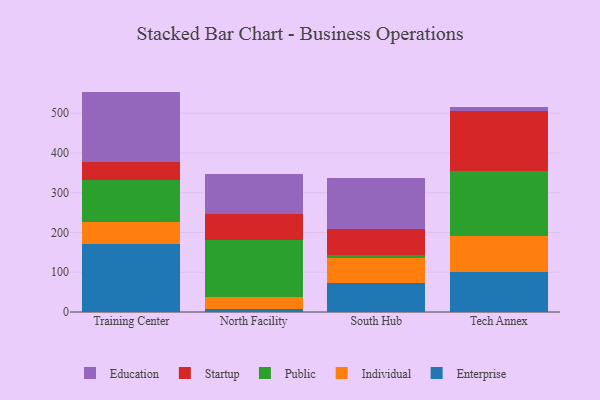
{"axis": {"x": "Campus", "y": "Humidity (%)"}, "legend": ["Education", "Enterprise", "Individual", "Public", "Startup"], "data": [{"x": "Training Center", "y": 171.7, "type": "Enterprise"}, {"x": "Training Center", "y": 54.9, "type": "Individual"}, {"x": "Training Center", "y": 106.5, "type": "Public"}, {"x": "Training Center", "y": 43.3, "type": "Startup"}, {"x": "Training Center", "y": 178.1, "type": "Education"}, {"x": "North Facility", "y": 8.3, "type": "Enterprise"}, {"x": "North Facility", "y": 28.3, "type": "Individual"}, {"x": "North Facility", "y": 143.9, "type": "Public"}, {"x": "North Facility", "y": 66.3, "type": "Startup"}, {"x": "North Facility", "y": 101.0, "type": "Education"}, {"x": "South Hub", "y": 74.2, "type": "Enterprise"}, {"x": "South Hub", "y": 61.9, "type": "Individual"}, {"x": "South Hub", "y": 7.5, "type": "Public"}, {"x": "South Hub", "y": 65.4, "type": "Startup"}, {"x": "South Hub", "y": 128.8, "type": "Education"}, {"x": "Tech Annex", "y": 100.9, "type": "Enterprise"}, {"x": "Tech Annex", "y": 90.1, "type": "Individual"}, {"x": "Tech Annex", "y": 162.7, "type": "Public"}, {"x": "Tech Annex", "y": 152.5, "type": "Startup"}, {"x": "Tech Annex", "y": 10.3, "type": "Education"}]}